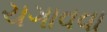
ચગાવવા